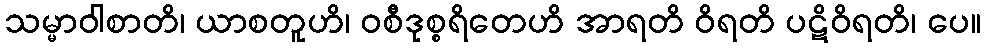
သမ္မာဝါစာတိ၊ ယာစတူဟိ၊ ဝစီဒုစ္စရိတေဟိ အာရတိ ဝိရတိ ပဋိဝိရတိ၊ ပေ။